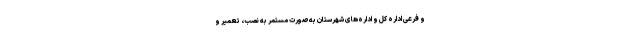
و فرعی اداره کل و اداره‌های شهرستان به‌صورت مستمر به نصب، تعمیر و